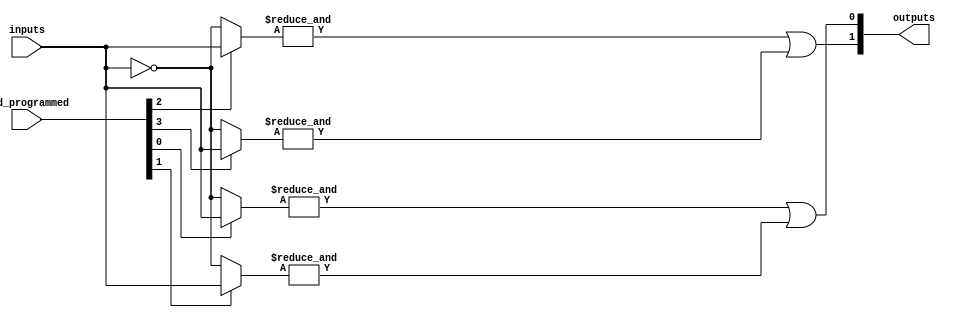
module PAL #(
    parameter n = 4, // Number of inputs
    parameter m = 2, // Number of outputs
    parameter p = 4  // Number of programmable AND gates
)(
    input wire [n-1:0] inputs, // Input signals
    input wire [p-1:0] and_programmed, // Programming signals for AND gates
    output reg [m-1:0] outputs // Output signals
);

// Internal wires for AND gate outputs
wire [p-1:0] and_outputs;

// Generate the programmable AND gates
genvar i, j;
generate
    for (i = 0; i < p; i = i + 1) begin : and_gates
        wire [n-1:0] and_inputs;
        assign and_inputs = and_programmed[i] ? inputs : ~inputs; // Example programming
        
        assign and_outputs[i] = &and_inputs; // ANDing the inputs
    end
endgenerate

// Fixed OR array
always @(*) begin
    outputs = 0; // Initialize outputs
    // Example configuration for OR gates
    outputs[0] = and_outputs[0] | and_outputs[1]; // Output 0 from AND gates 0 and 1
    outputs[1] = and_outputs[2] | and_outputs[3]; // Output 1 from AND gates 2 and 3
end

endmodule